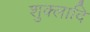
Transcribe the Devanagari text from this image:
शुक्लादि